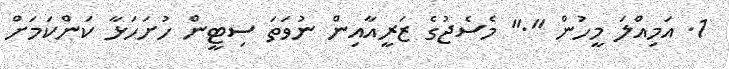
1. އަމިއްލަ މީހުން "." މެސެޖުގެ ޒަރީއާއިން ނުވަތަ ސިޓީން ހުށަހަޅާ ކަންކަމަށް